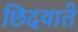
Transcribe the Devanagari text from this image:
छिदवाते